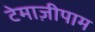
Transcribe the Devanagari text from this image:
टेमाज़ीपाम